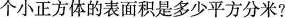
个小正方体的表面积是多少平方分米?